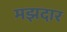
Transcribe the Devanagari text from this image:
मझदार